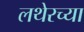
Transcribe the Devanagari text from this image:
लथेरच्या